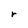
Character: r